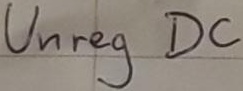
Text: Unreg DC